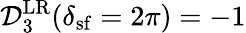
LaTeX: \mathcal{D}_{3}^{\mathrm{LR}}(\delta_{\mathrm{sf}}=2\pi)=-1